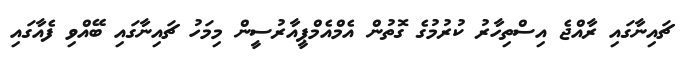
ޗައިނާގައި ރާއްޖެ އިސްތިހާރު ކުރުމުގެ ގޮތުން އެމްއެމްޕީއާރުސީން މިމަހު ޗައިނާގައި ބޭއްވި ފެއާގައި